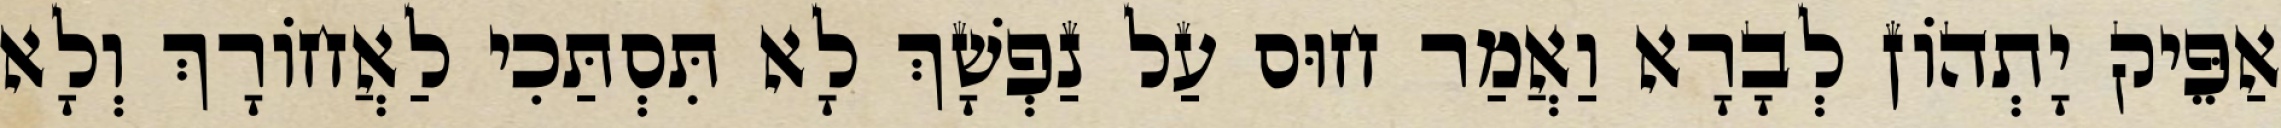
אַפֵּיק יָתְהוֹן לְבָרָא וַאֲמַר חוּס עַל נַפְשָׁךְ לָא תִּסְתַּכִי לַאֲחוֹרָךְ וְלָא